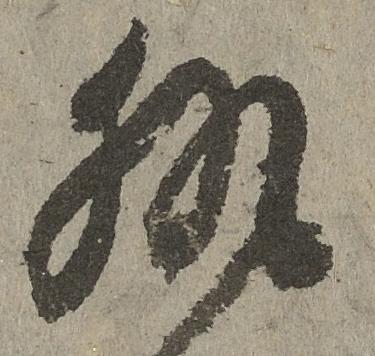
執